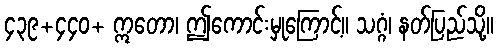
၄၃၉+၄၄၀+ ဣတော၊ ဤကောင်းမှုကြောင့်။ သဂ္ဂံ၊ နတ်ပြည်သို့။